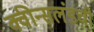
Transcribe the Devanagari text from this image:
क्वीन्सलंडची